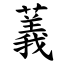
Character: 䕏